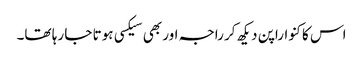
اس کا کنواراپن دیکھ کر راجہ اور بھی سیکسی ہوتا جا رہا تھا۔